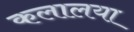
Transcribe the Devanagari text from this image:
कलालया